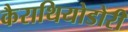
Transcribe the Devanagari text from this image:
कैराथियोडोरी